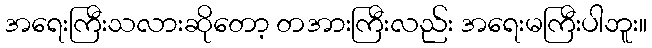
အရေးကြီးသလားဆိုတော့ တအားကြီးလည်း အရေးမကြီးပါဘူး။